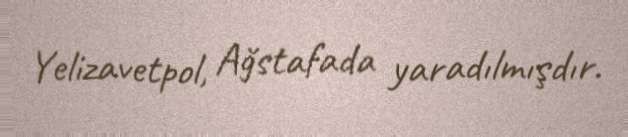
Yelizavetpol, Ağstafada yaradılmışdır.